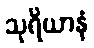
သုရိယာနံ